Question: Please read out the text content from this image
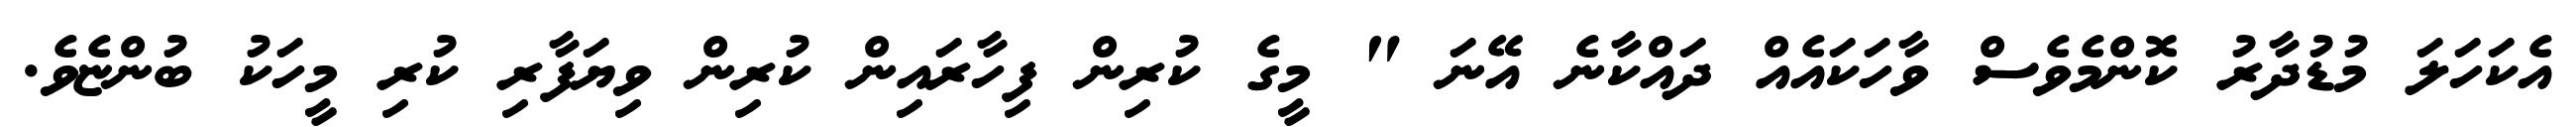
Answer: އެކަހަލަ މުޑުދާރު ކޮންމެވެސް ވާހަކައެއް ދައްކާނެ އޭނަ " މީގެ ކުރިން ފިހާރައިން ކުރިން ވިޔަފާރި ކުރި މީހަކު ބުންޏެވެ.